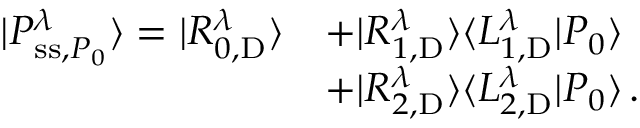
\begin{array} { r l } { | P _ { \mathrm { s s } , P _ { 0 } } ^ { \lambda } \rangle = | R _ { 0 , \mathrm { D } } ^ { \lambda } \rangle } & { + | R _ { 1 , \mathrm { D } } ^ { \lambda } \rangle \langle L _ { 1 , \mathrm { D } } ^ { \lambda } | P _ { 0 } \rangle } \\ & { + | R _ { 2 , \mathrm { D } } ^ { \lambda } \rangle \langle L _ { 2 , \mathrm { D } } ^ { \lambda } | P _ { 0 } \rangle \, . } \end{array}